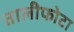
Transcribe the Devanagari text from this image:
तालीफोटा